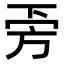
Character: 𣃟